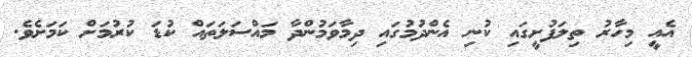
އެއީ މިހާރު ތިލަފުށީގައި ކުނި އެންދުމުގައި ދިމާވަމުންދާ މައްސަލަތައް ކުޑަ ކުރުމަށް ކަމަށެވެ.